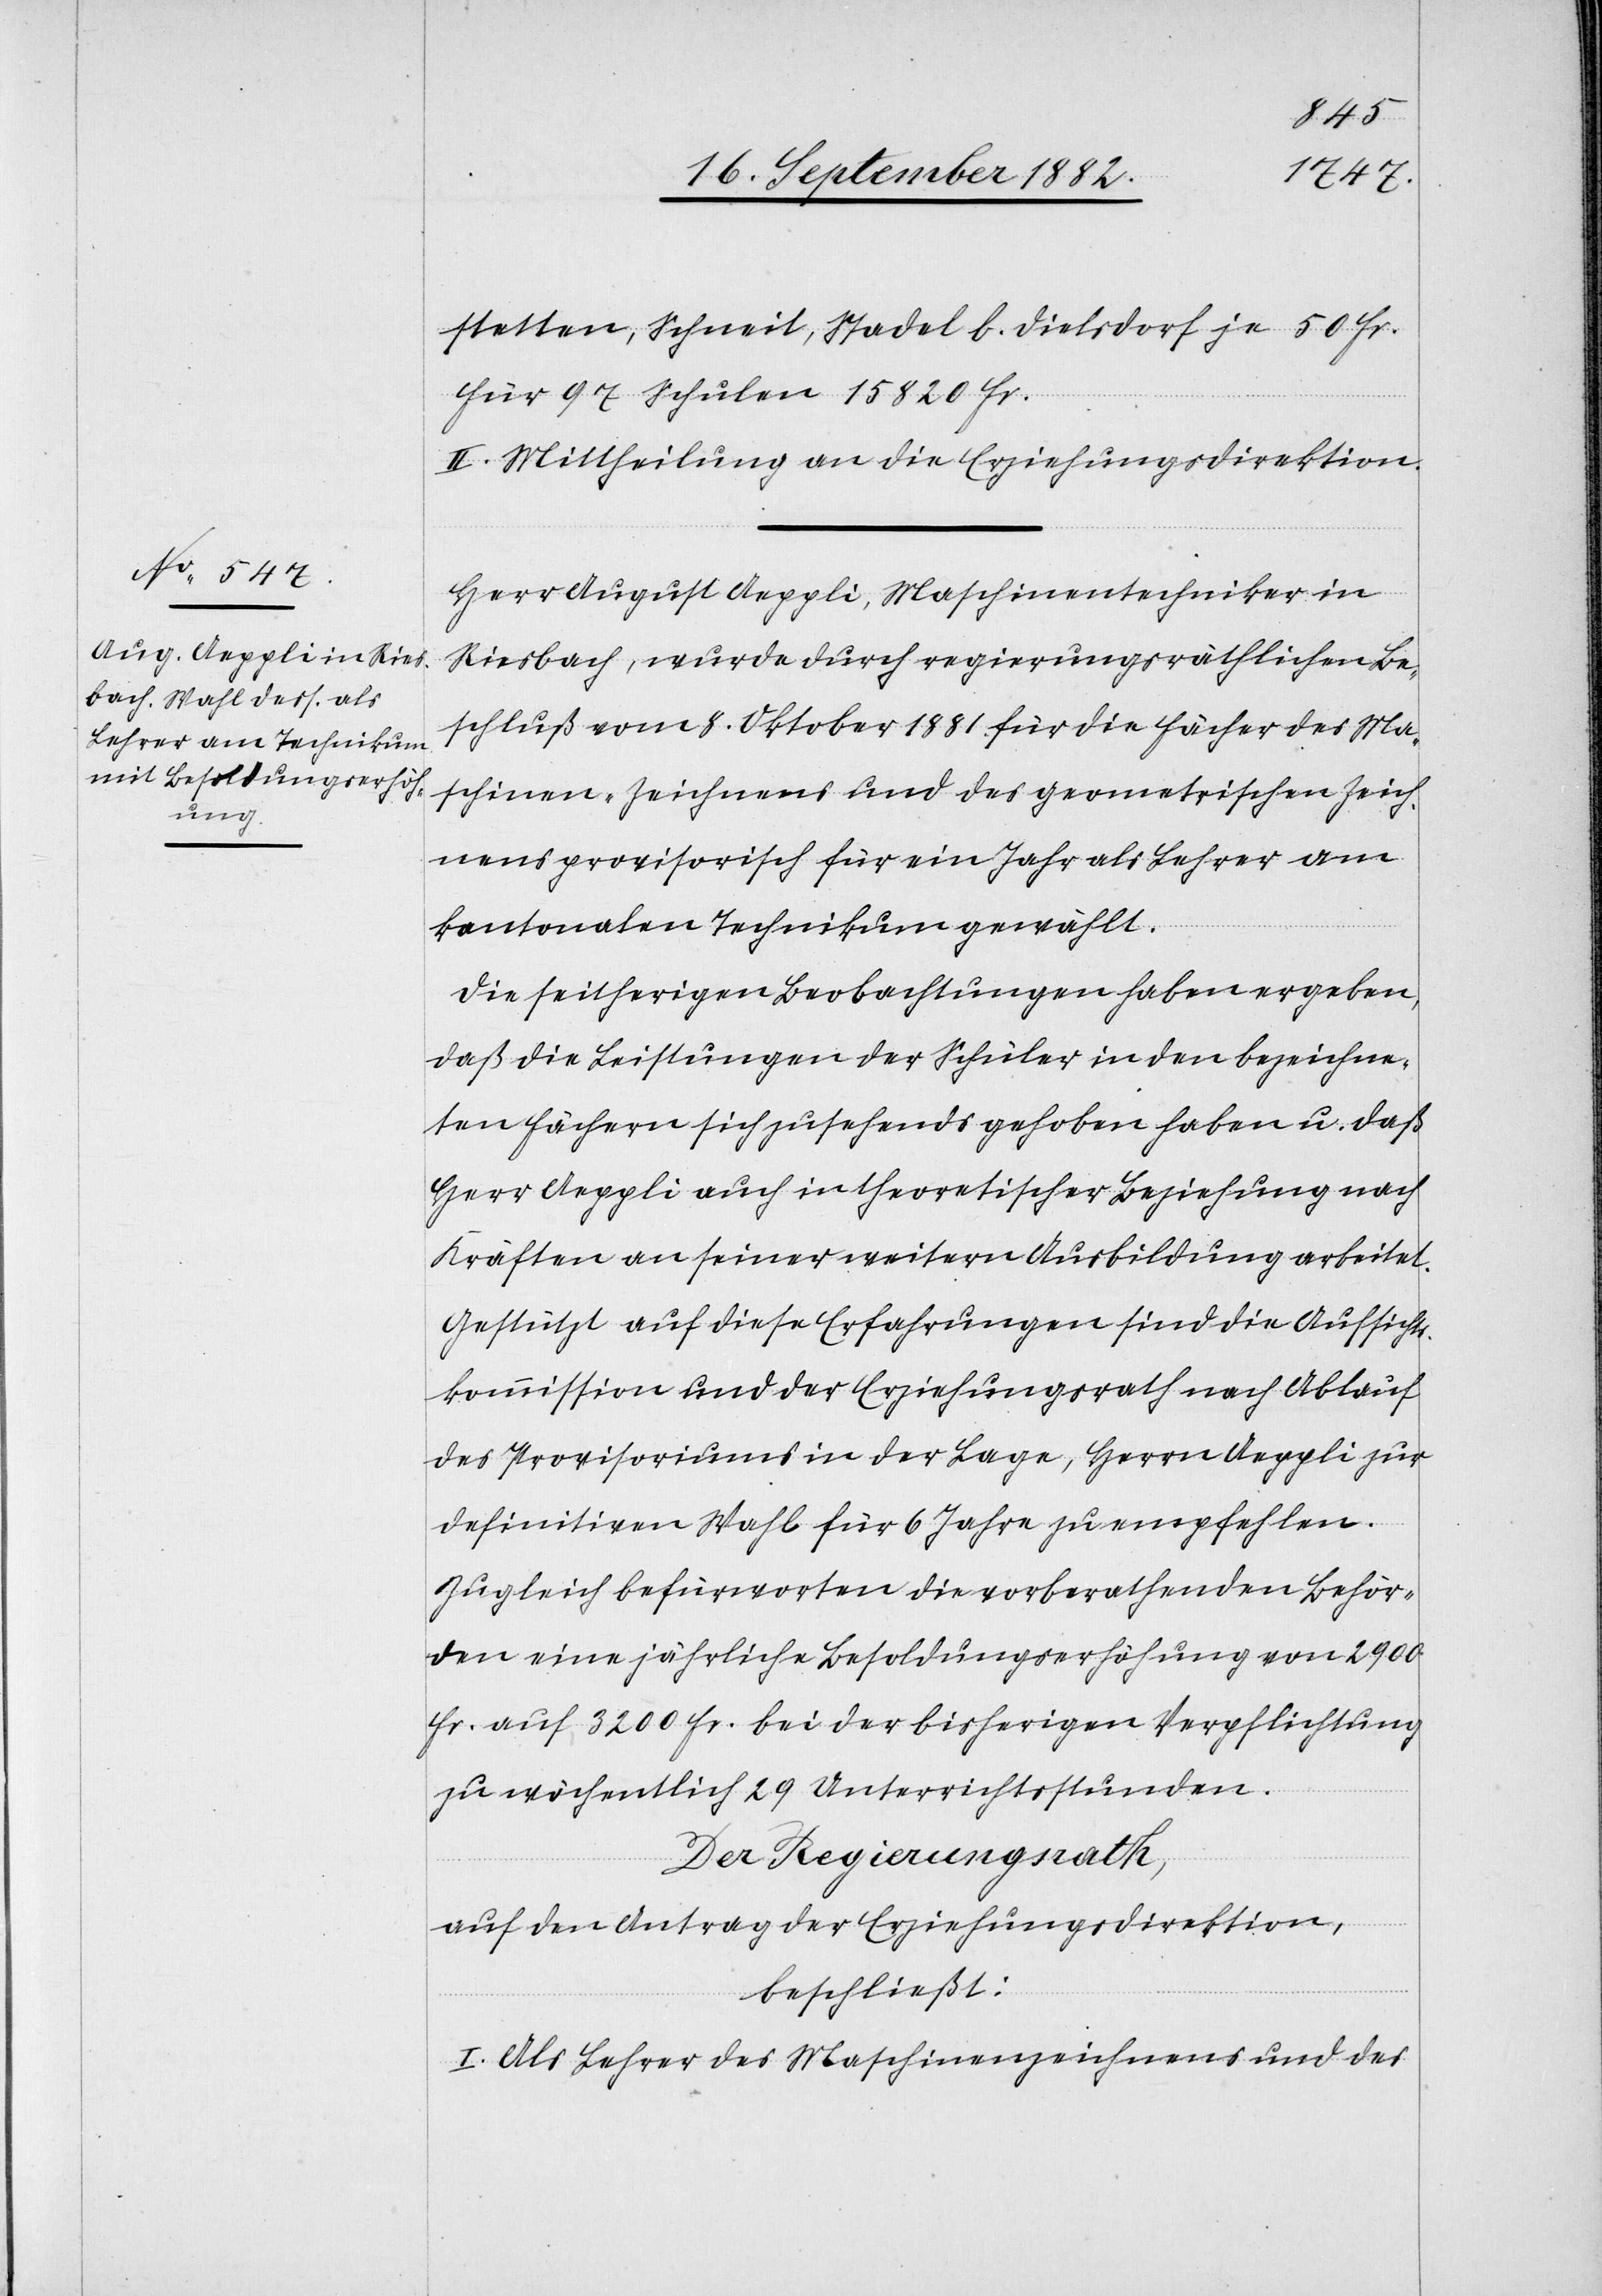
stetten, Schneit, Stadel b. Dielsdorf
für 97 Schulen 15820 Fr.
II. Mittheilung an die Erziehungsdirektion.
Herr August Aeppli, Maschinentechniker in
Riesbach, wurde durch regierungsräthlichen Be¬
schluß vom 8. Oktober 1881 für die Fächer des Ma¬
schinen-Zeichnens und des geometrischen Zeich¬
nens provisorisch für ein Jahr als Lehrer am
kantonalen Technikum gewählt.
Die seitherigen Beobachtungen haben ergeben,
daß die Leistungen der Schüler in den bezeichne¬
ten Fächern sich zusehends gehoben haben u. daß
Herr Aeppli auch in theoretischer Beziehung nach
Kräften an seiner weitern Ausbildung arbeitet.
Gestützt auf diese Erfahrungen sind die Aufsichts¬
kommission und der Erziehungsrath nach Ablauf
des Provisoriums in der Lage, Herrn Aeppli zur
definitiven Wahl für 6 Jahre zu empfehlen.
Zugleich befürworten die vorberathenden Behör¬
den eine jährliche Besoldungserhöhung von 2900
Fr. auf 3200 Fr. bei der bisherigen Verpflichtung
zu wöchentlich 29 Unterrichtsstunden.
Der Regierungsrath,
auf den Antrag der Erziehungsdirektion,
beschließt:
I. Als Lehrer des Maschinenzeichnens und des